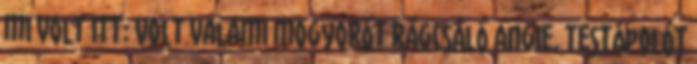
mi volt itt: Volt valami mogyorót rágcsáló Angie, testápolót